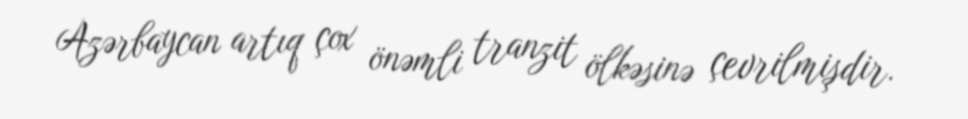
Azərbaycan artıq çox önəmli tranzit ölkəsinə çevrilmişdir.